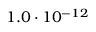
1 . 0 \cdot 1 0 ^ { - 1 2 }